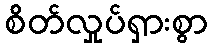
စိတ်လှုပ်ရှားစွာ